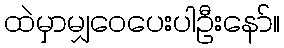
ထဲမှာမျှဝေပေးပါဦးနော်။